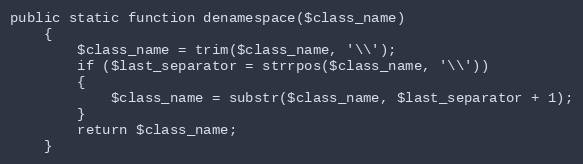
Language: PHP
public static function denamespace($class_name)
	{
		$class_name = trim($class_name, '\\');
		if ($last_separator = strrpos($class_name, '\\'))
		{
			$class_name = substr($class_name, $last_separator + 1);
		}
		return $class_name;
	}